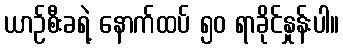
ယာဉ်စီးခရဲ့ နောက်ထပ် ၅၀ ရာခိုင်နှုန်းပါ။